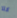
كلا